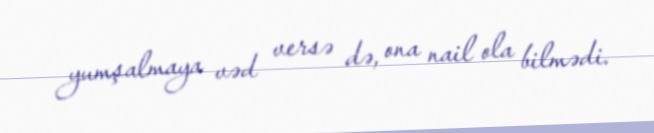
yumşalmaya vəd versə də, ona nail ola bilmədi.